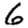
Digit: 6